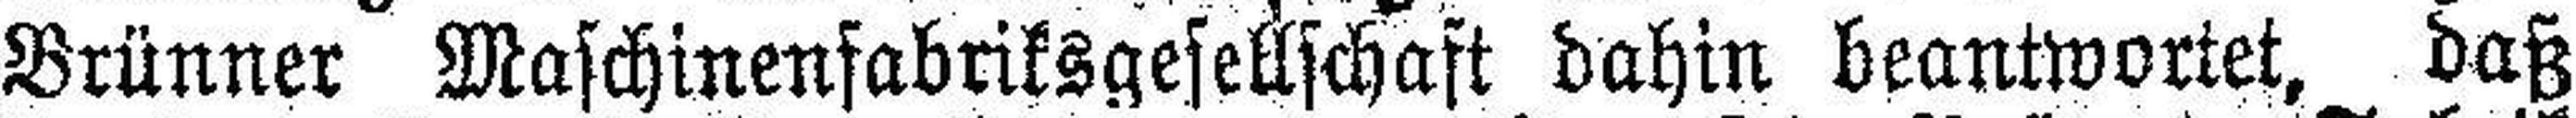
Brünner Maschinenfabriksgesellschaft dahin beantwortet, daß